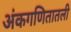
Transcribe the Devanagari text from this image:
अंकगणितातली